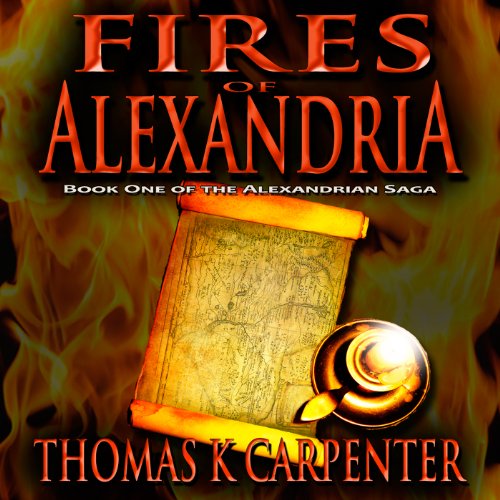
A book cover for Fires of Alexandria; Thomas K. Carpenter; Science Fiction & Fantasy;